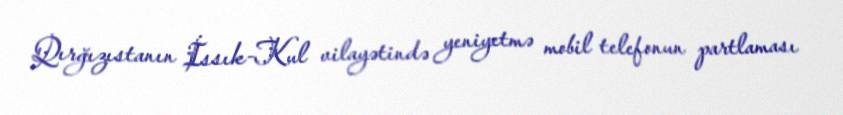
Qırğızıstanın İssık-Kul vilayətində yeniyetmə mobil telefonun partlaması